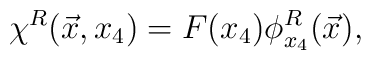
\chi^R(\vec{x}, x_4) = F(x_4) \phi^R_{x_4}(\vec{x}),